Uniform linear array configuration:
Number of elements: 64
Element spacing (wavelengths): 0.5
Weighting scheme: kaiser
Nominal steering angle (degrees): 30
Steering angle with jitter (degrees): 28.475
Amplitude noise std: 0.05
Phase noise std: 0.05

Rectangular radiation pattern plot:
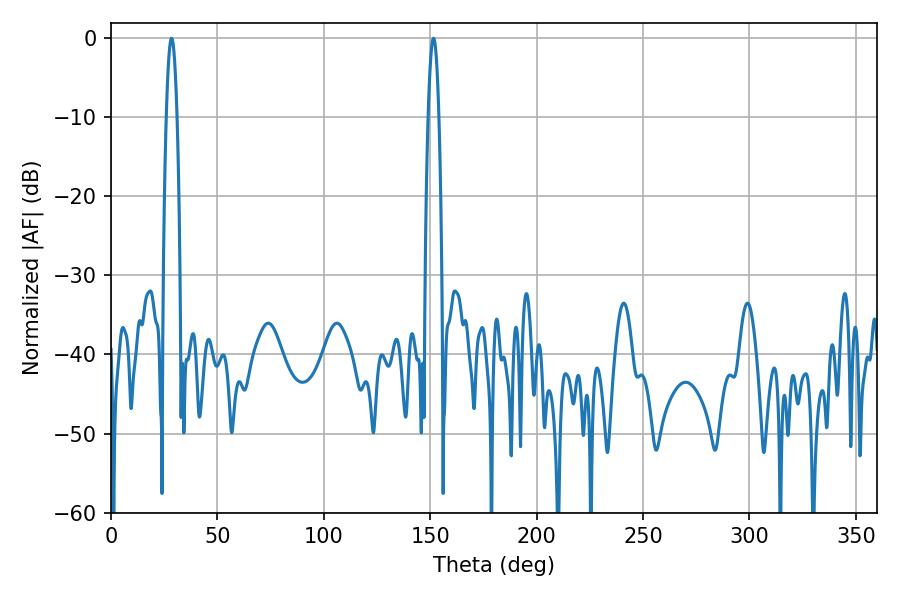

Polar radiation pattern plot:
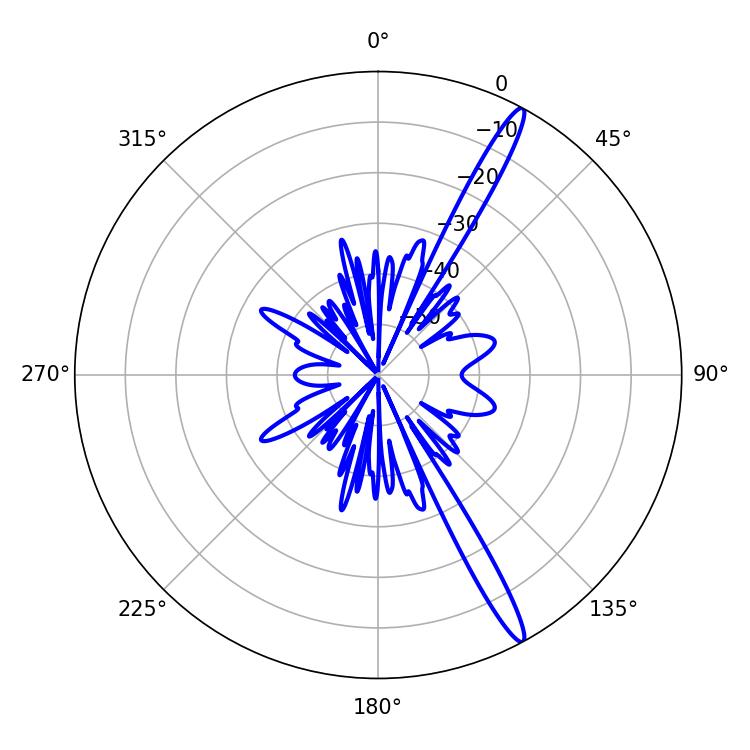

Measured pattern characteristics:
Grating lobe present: FALSE
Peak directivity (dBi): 15.99
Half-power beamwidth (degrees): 2.7
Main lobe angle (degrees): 28.44